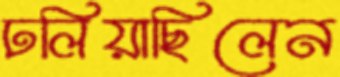
ঢলিয়াছিলেন